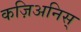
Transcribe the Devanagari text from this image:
कज़िअनिस्